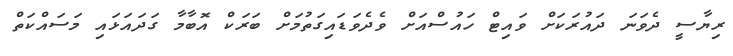
ރިޔާސީ ދެވަނަ ދައުރަކަށް ވައިޓް ހައުސްއަށް ވެދެވަޑައިގަތުމަށް ބަރަކް އޮބާމާ ގަދައަޅައި މަސައްކަތް